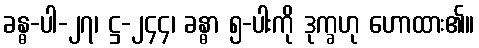
ခန္ဓ-ပါ-၂၇၊ ဋ္ဌ-၂၄၄၊ ခန္ဓာ ၅-ပါးကို ဒုက္ခဟု ဟောထား၏။